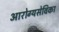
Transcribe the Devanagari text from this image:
आरोग्यसेविका